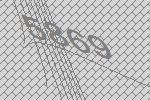
5869